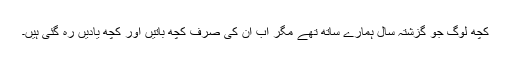
کچھ لوگ جو گزشتہ سال ہمارے ساتھ تھے مگر اب ان کی صرف کچھ باتیں اور کچھ یادیں رہ گئی ہیں۔